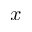
x